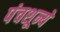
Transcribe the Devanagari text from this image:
पंचशून्ये